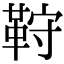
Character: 𩊦